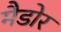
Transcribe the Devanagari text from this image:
मैडोर